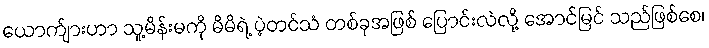
ယောက်ျားဟာ သူ့မိန်းမကို မိမိရဲ့ ပဲ့တင်သံ တစ်ခုအဖြစ် ပြောင်းလဲလို့ အောင်မြင် သည်ဖြစ်စေ၊